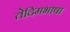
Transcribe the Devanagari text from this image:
तेदिमभाषा